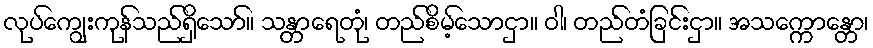
လုပ်ကျွေးကုန်သည်ရှိသော်။ သန္တာရေတုံ၊ တည်စိမ့်သောငှာ။ ဝါ၊ တည်တံခြင်းငှာ။ အသက္ကောန္တော၊